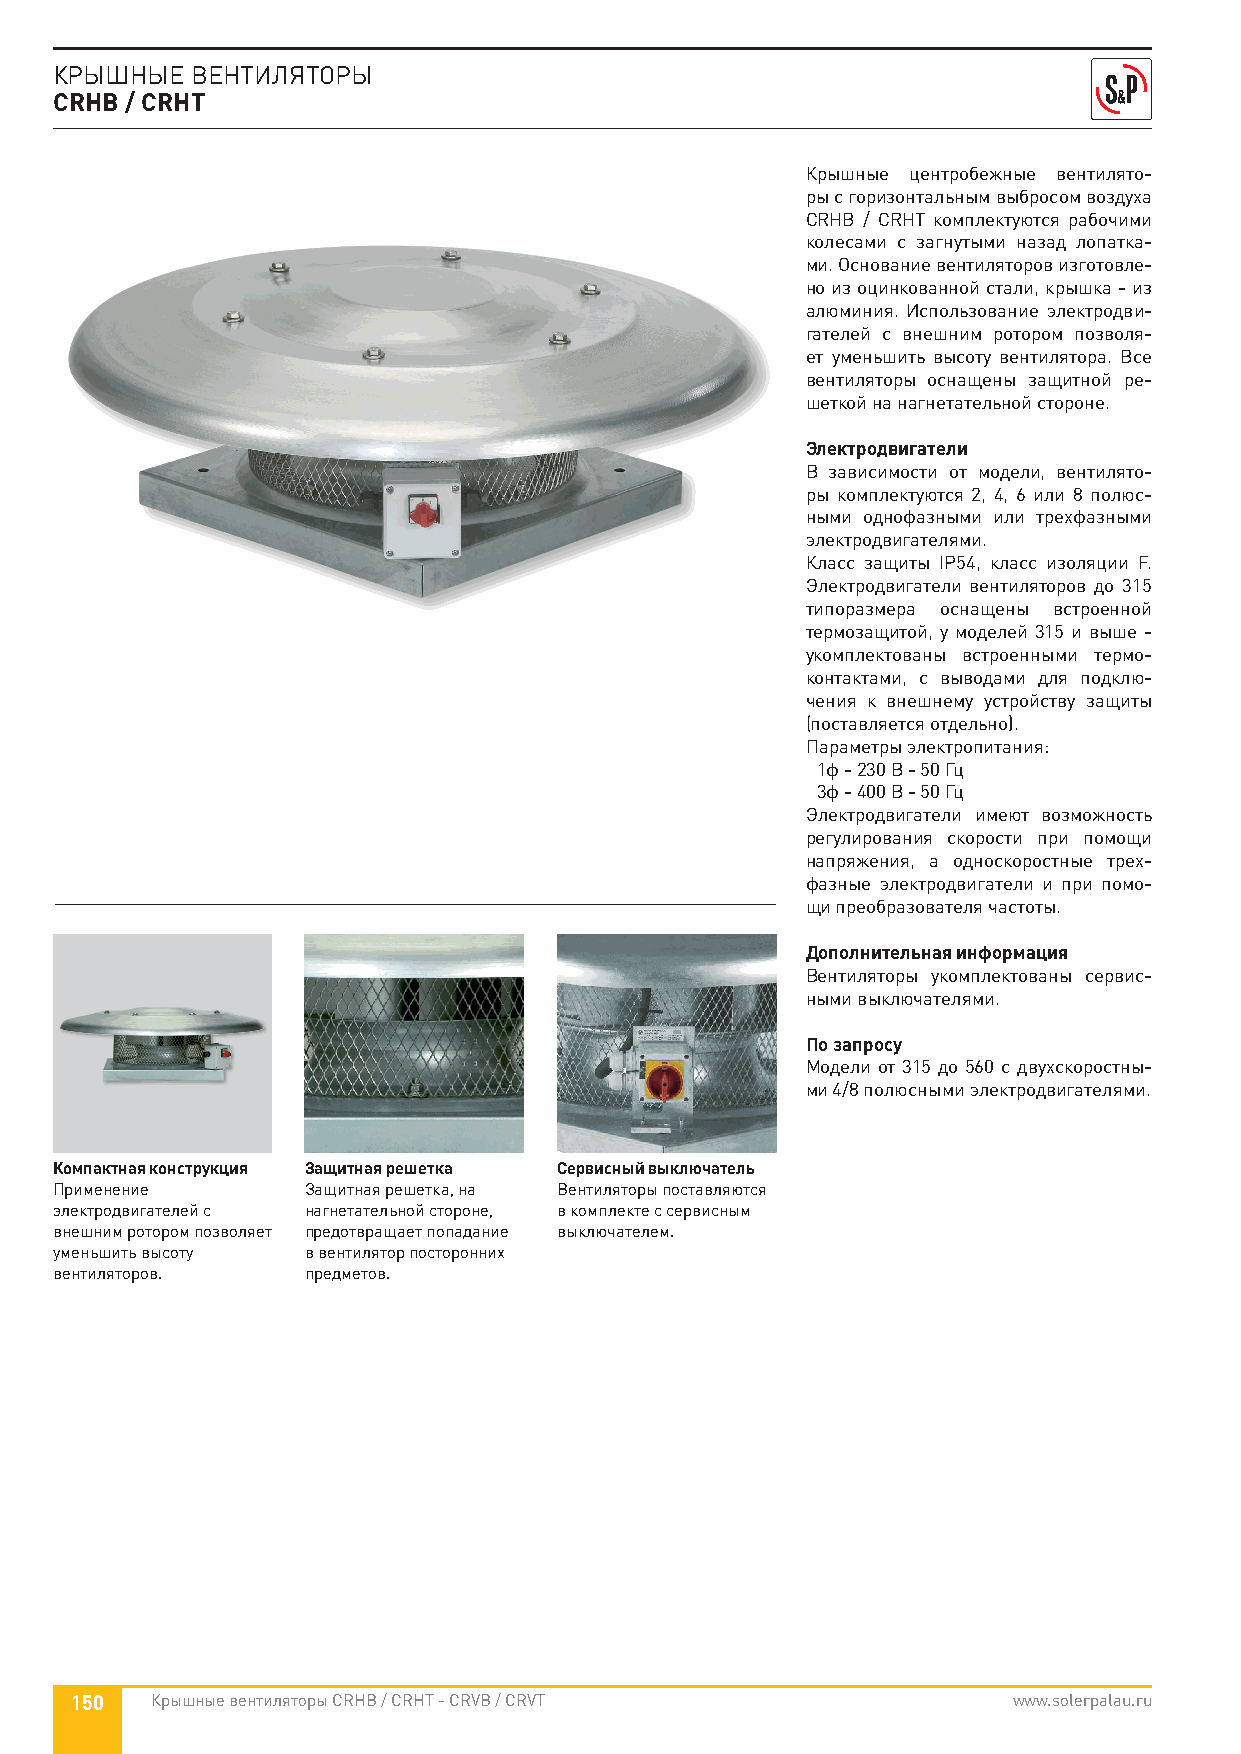
КРЫШНЫЕ  ВЕНТИЛЯТОРЫ
 CRHB / CRHT
 Крышные центробежные вентилято-
 ры с горизонтальным выбросом воздуха
 CRHB / CRHT комплектуются рабочими
 колесами с загнутыми назад лопатка-
 ми. Основание вентиляторов изготовле-
 но из оцинкованной стали, крышка - из
 алюминия. Использование электродви-
 гателей с внешним ротором позволя-
 ет уменьшить высоту вентилятора. Все
 вентиляторы оснащены защитной ре-
 шеткой на нагнетательной стороне.
 Электродвигатели
 В зависимости от модели, вентилято-
 ры комплектуются 2, 4, 6 или 8 полюс-
 ными однофазными или трехфазными
 электродвигателями.
 Класс защиты IP54, класс изоляции F.
 Электродвигатели вентиляторов до 315
 типоразмера оснащены встроенной
 термозащитой, у моделей 315 и выше -
 укомплектованы встроенными термо-
 контактами, с выводами для подклю-
 чения к внешнему устройству защиты
 (поставляется отдельно).
 Параметры электропитания:
 1ф - 230 В - 50 Гц
 3ф - 400 В - 50 Гц
 Электродвигатели имеют возможность
 регулирования скорости при помощи
 напряжения, а односкоростные трех-
 фазные электродвигатели и при помо-
 щи преобразователя частоты.
 Дополнительная информация
 Вентиляторы укомплектованы сервис-
 ными выключателями.
 По запросу
 Модели от 315 до 560 с двухскоростны-
 ми 4/8 полюсными электродвигателями.
 Компактная конструкция Защитная решетка Сервисный выключатель
 Применение      Защитная решетка, на Вентиляторы поставляются
 электродвигателей с нагнетательной стороне, в комплекте с сервисным
 внешним ротором позволяет предотвращает попадание выключателем.
 уменьшить высоту в вентилятор посторонних
 вентиляторов.   предметов.
 150  Крышные вентиляторы CRHB / CRHT - CRVB / CRVT            www.solerpalau.ru